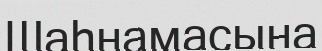
Шаһнамасына